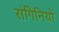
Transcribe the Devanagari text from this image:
संगिनियों